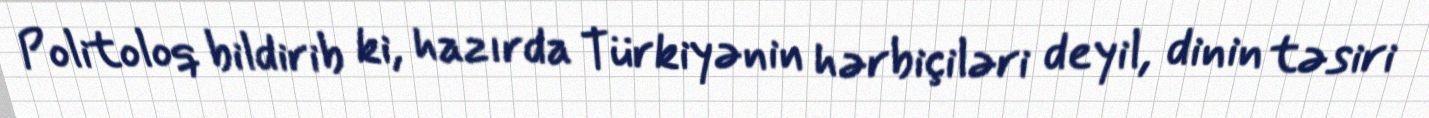
Politoloq bildirib ki, hazırda Türkiyənin hərbiçiləri deyil, dinin təsiri